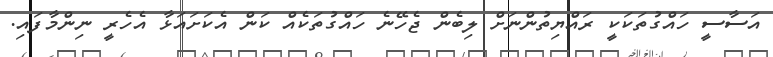
އަސާސީ ހައްގުތަކަކީ ރައްޔިތުންނަށް ލިބެން ޖެހޭނެ ހައްގުތަކެއް ކަން އެކަށައަޅާ އެހެރީ ނިންމާފައި.